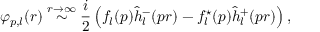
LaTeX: \varphi _ { p , l } ( r ) \stackrel { r \rightarrow \infty } { \sim } \frac i 2 \left( f _ { l } ( p ) \hat { h } _ { l } ^ { - } ( p r ) - f _ { l } ^ { \star } ( p ) \hat { h } _ { l } ^ { + } ( p r ) \right) ,